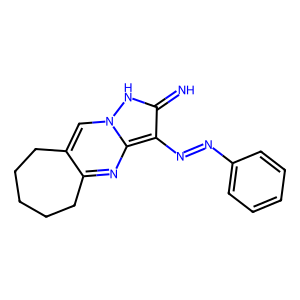
SMILES: N=c1[nH]n2cc3c(nc2c1N=Nc1ccccc1)CCCCC3
Inhibits HIV replication: No